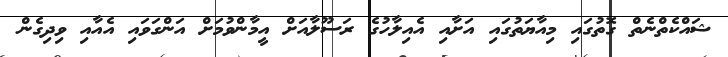
ޝައްކެތްނެތް ގޮތުގައި މިއާޔަތުގައި އަށާއި އެއިލާހުގެ ރަސޫލާއަށް އީމާންވުމަށް އަންގަވައި އެއާއި ވިދިގެން